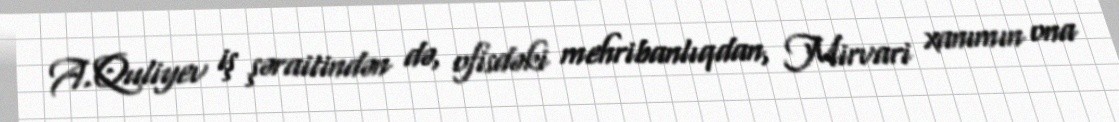
A.Quliyev iş şəraitindən də, ofisdəki mehribanlıqdan, Mirvari xanımın ona